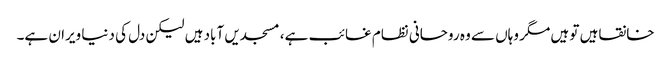
خانقاہیں تو ہیں مگر وہاں سے وہ روحانی نظام غائب ہے، مسجدیں آباد ہیں لیکن دل کی دنیا ویران ہے۔